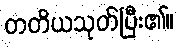
တတိယသုတ်ပြီး၏။